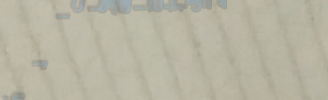
محل بيع الأدوات الكهربائي